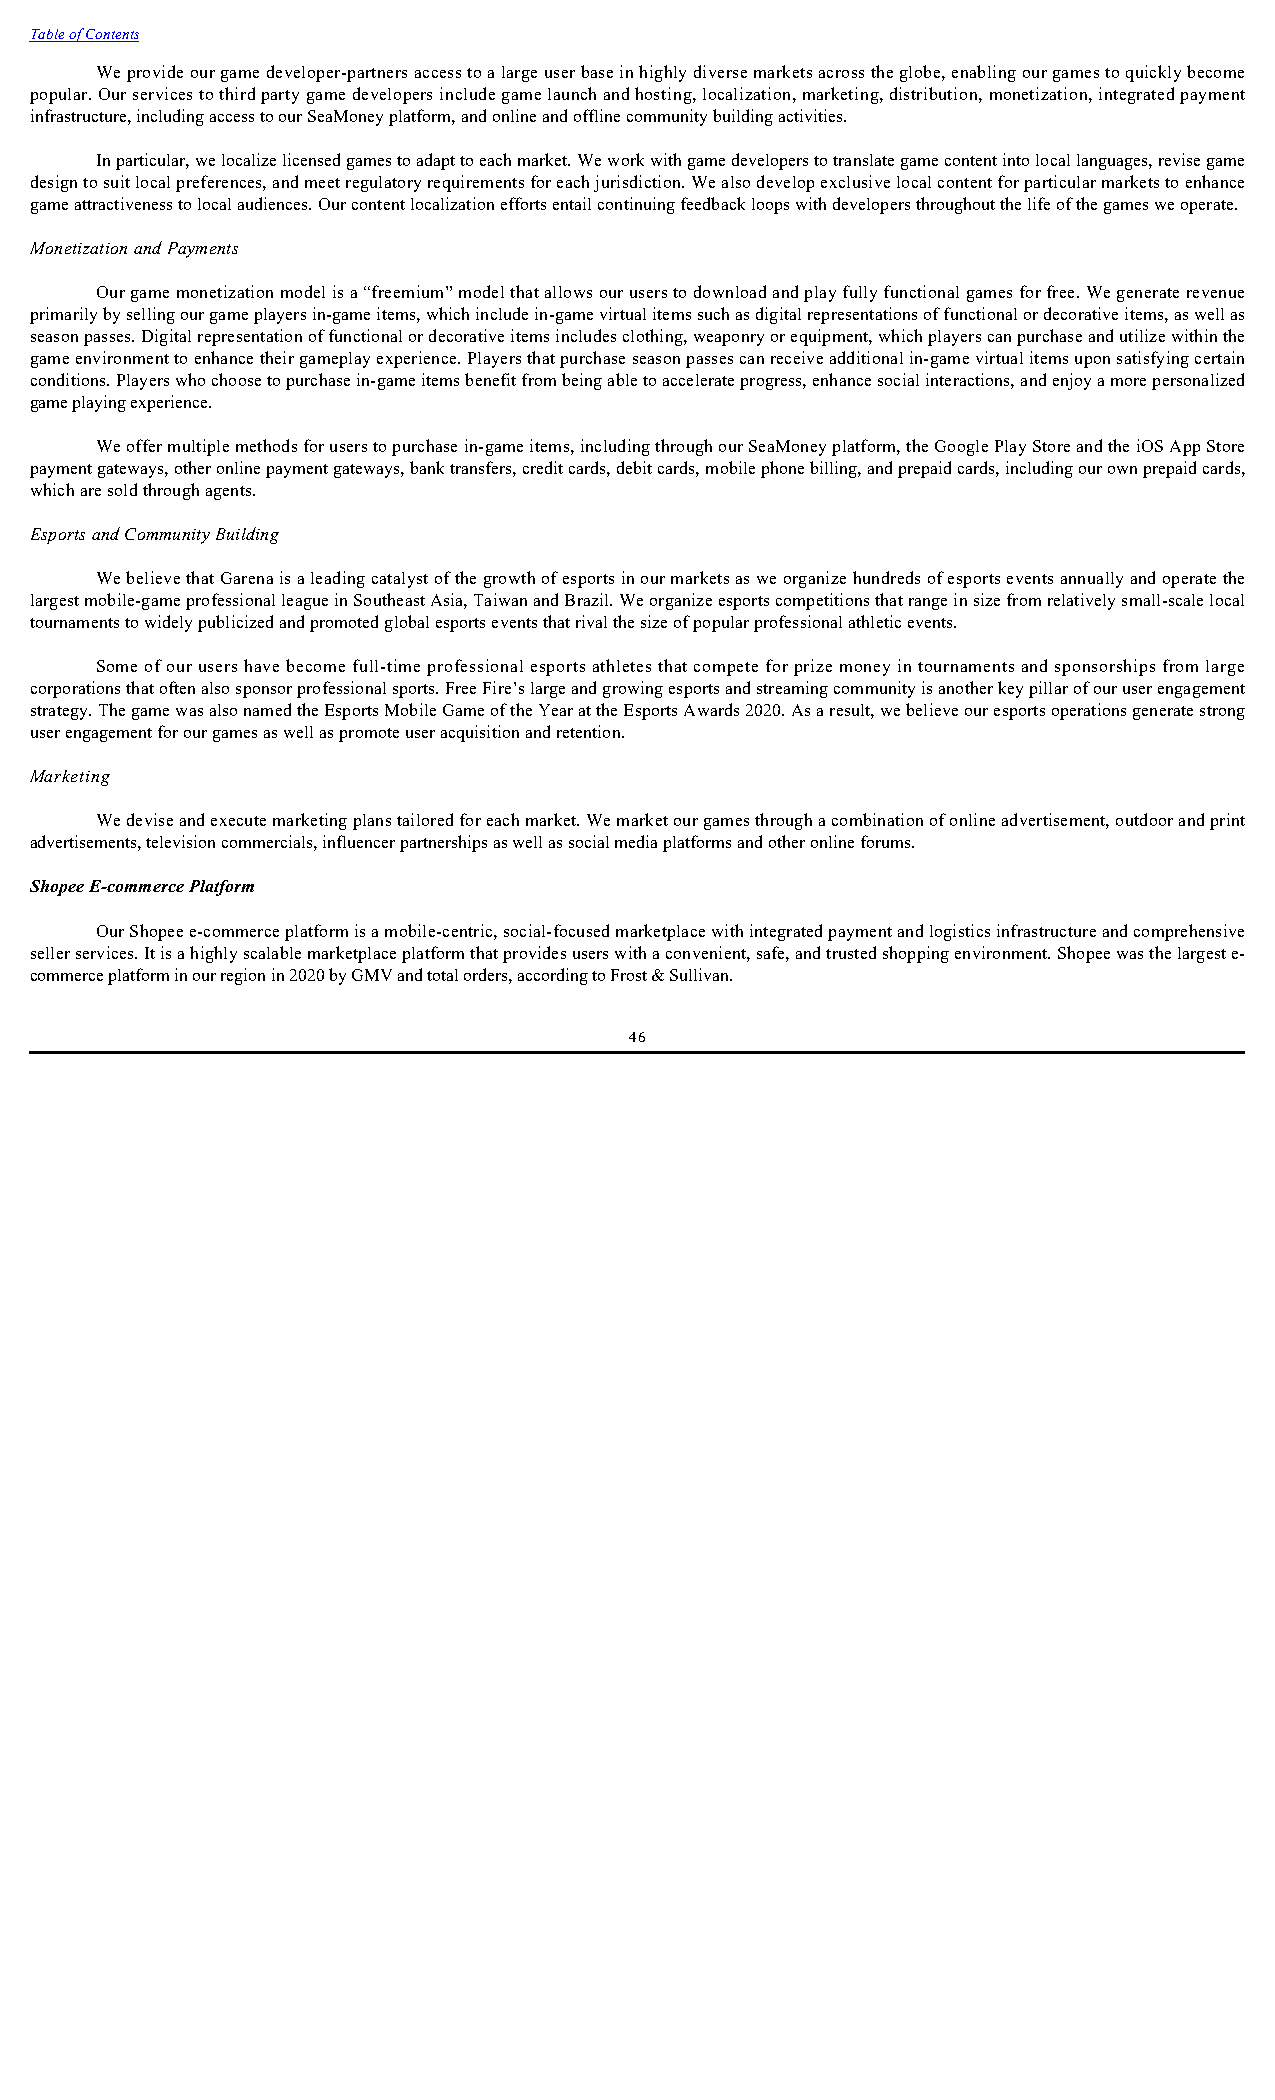
Table of Contents
 We provide our game developer-partners access to a large user base in highly diverse markets across the globe, enabling our games to quickly become
 popular. Our services to third party game developers include game launch and hosting, localization, marketing, distribution, monetization, integrated payment
 infrastructure, including access to our SeaMoney platform, and online and offline community building activities.
 In particular, we localize licensed games to adapt to each market. We work with game developers to translate game content into local languages, revise game
 design to suit local preferences, and meet regulatory requirements for each jurisdiction. We also develop exclusive local content for particular markets to enhance
 game attractiveness to local audiences. Our content localization efforts entail continuing feedback loops with developers throughout the life of the games we operate.
 Monetization and Payments
 Our game monetization model is a “freemium” model that allows our users to download and play fully functional games for free. We generate revenue
 primarily by selling our game players in-game items, which include in-game virtual items such as digital representations of functional or decorative items, as well as
 season passes. Digital representation of functional or decorative items includes clothing, weaponry or equipment, which players can purchase and utilize within the
 game environment to enhance their gameplay experience. Players that purchase season passes can receive additional in-game virtual items upon satisfying certain
 conditions. Players who choose to purchase in-game items benefit from being able to accelerate progress, enhance social interactions, and enjoy a more personalized
 game playing experience.
 We offer multiple methods for users to purchase in-game items, including through our SeaMoney platform, the Google Play Store and the iOS App Store
 payment gateways, other online payment gateways, bank transfers, credit cards, debit cards, mobile phone billing, and prepaid cards, including our own prepaid cards,
 which are sold through agents.
 Esports and Community Building
 We believe that Garena is a leading catalyst of the growth of esports in our markets as we organize hundreds of esports events annually and operate the
 largest mobile-game professional league in Southeast Asia, Taiwan and Brazil. We organize esports competitions that range in size from relatively small-scale local
 tournaments to widely publicized and promoted global esports events that rival the size of popular professional athletic events.
 Some of our users have become full-time professional esports athletes that compete for prize money in tournaments and sponsorships from large
 corporations that often also sponsor professional sports. Free Fire’s large and growing esports and streaming community is another key pillar of our user engagement
 strategy. The game was also named the Esports Mobile Game of the Year at the Esports Awards 2020. As a result, we believe our esports operations generate strong
 user engagement for our games as well as promote user acquisition and retention.
 Marketing
 We devise and execute marketing plans tailored for each market. We market our games through a combination of online advertisement, outdoor and print
 advertisements, television commercials, influencer partnerships as well as social media platforms and other online forums.
 Shopee E-commerce Platform
 Our Shopee e-commerce platform is a mobile-centric, social-focused marketplace with integrated payment and logistics infrastructure and comprehensive
 seller services. It is a highly scalable marketplace platform that provides users with a convenient, safe, and trusted shopping environment. Shopee was the largest e-
 commerce platform in our region in 2020 by GMV and total orders, according to Frost & Sullivan.
 46